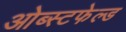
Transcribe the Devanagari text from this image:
ओब्स्टफेल्ड